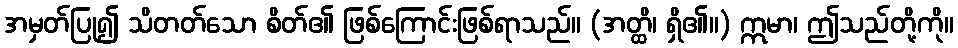
အမှတ်ပြု၍ သိတတ်သော စိတ်၏ ဖြစ်ကြောင်းဖြစ်ရာသည်။ (အတ္ထိ၊ ရှိ၏။) ဣမာ၊ ဤသည်တို့ကို။